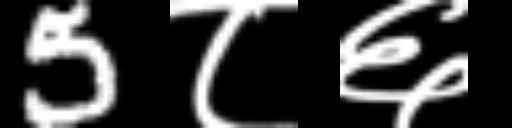
Text: 5८६